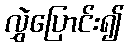
လွှဲပြောင်း၍